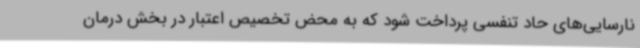
نارسایی‌های حاد تنفسی پرداخت شود که به محض تخصیص اعتبار در بخش درمان